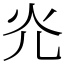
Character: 灮